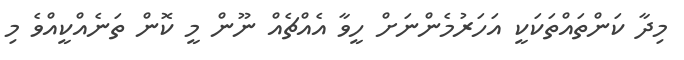
މިދާ ކަންތައްތަކަކީ އަހަރުމެންނަށް ހީވާ އެއްޗެއް ނޫން މީ ކޮން ތަނެއްކީއްވެ މި